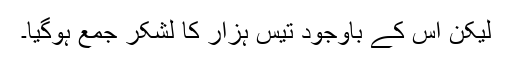
لیکن اس کے باوجود تیس ہزار کا لشکر جمع ہوگیا۔